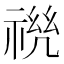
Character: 𰨆